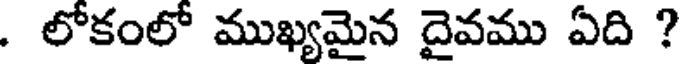
. లోకంలో ముఖ్యమైన దైవము ఏది ?